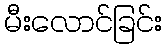
မီးလောင်ခြင်း